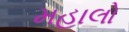
મહાલો